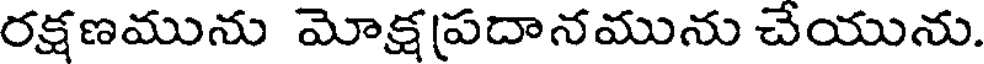
రక్షణమును మోక్షప్రదానమును చేయును.